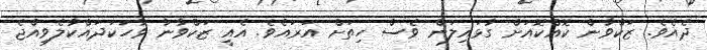
ދެއެވެ. ޒަކްވާން ކޮއްކޮއަށް ގުޅައިލަން ވެސް ހިތަށް އަރައެވެ. އެއީ ޒަކްވާނާ ވާހަކަދައްކާލެވިއްޖެ